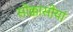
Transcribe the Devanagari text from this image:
सोक्कासीयां